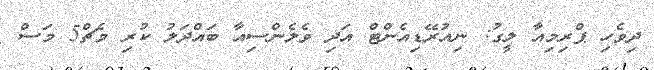
ދިވެހި ޕްރިމިއާ ލީގު: ނިއުރޭޑިއެންޓް އަދި ވެލެންސިއާ ބައްދަލު ކުރި މެޗް5 މަސް